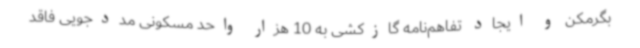
بگرمکن و ایجاد تفاهم‌نامه گازکشی به 10 هزار واحد مسکونی مددجویی فاقد